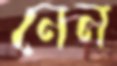
নেন